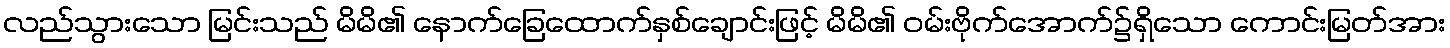
လည်သွားသော မြင်းသည် မိမိ၏ နောက်ခြေထောက်နှစ်ချောင်းဖြင့် မိမိ၏ ဝမ်းဗိုက်အောက်၌ရှိသော ကောင်းမြတ်အား